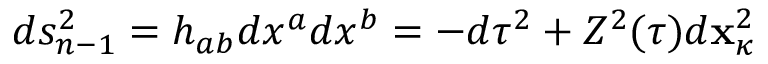
d s _ { n - 1 } ^ { 2 } = h _ { a b } d x ^ { a } d x ^ { b } = - d \tau ^ { 2 } + Z ^ { 2 } ( \tau ) d { \bf x } _ { \kappa } ^ { 2 }